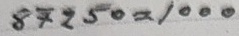
87250 = 1000